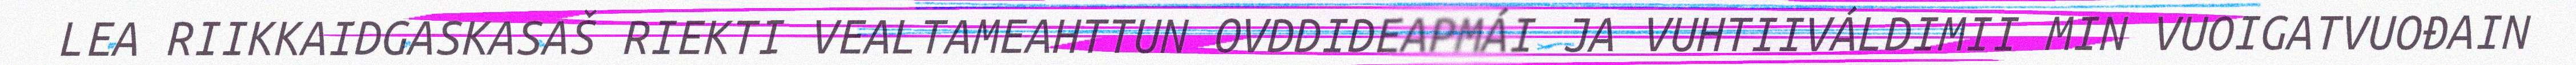
LEA RIIKKAIDGASKASAŠ RIEKTI VEALTAMEAHTTUN OVDDIDEAPMÁI JA VUHTIIVÁLDIMII MIN VUOIGATVUOĐAIN